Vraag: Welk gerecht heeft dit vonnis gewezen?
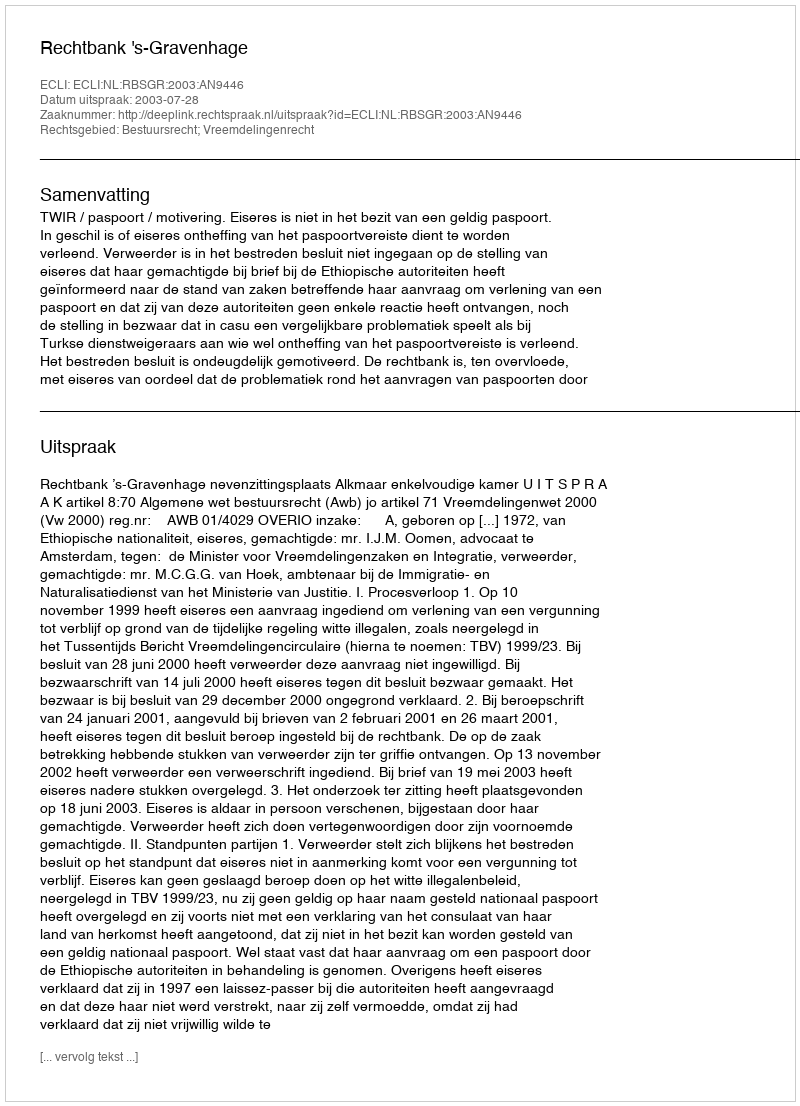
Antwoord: Rechtbank 's-Gravenhage